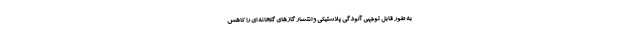
به طور قابل توجهی آلودگی پلاستیکی و انتشار گازهای گلخانه ای را کاهش